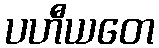
ပဟီယတေ